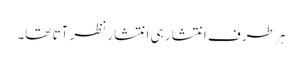
ہر طرف انتشار ہی انتشار نظر آتا تھا۔